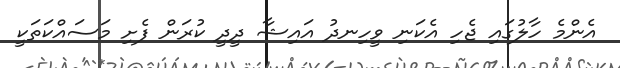
އެންމެ ހާލުގައި ޖެހި އެކަނި ވީހިނދު އައިޝާ ދީދީ ކުރަން ފެށި މަސައްކަތަކީ